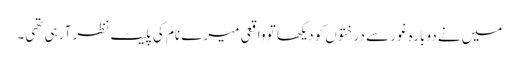
میں نے دوبارہ غور سے درختوں کو دیکھا تو واقعی میرے نام کی پلیٹ نظر آرہی تھی۔